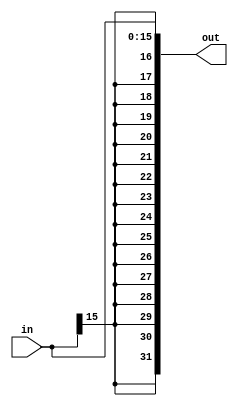
`timescale 1ns / 1ps
////////////////////////////////////////////////////////////////////////////////
// ECE369 - Computer Architecture
// 
// Module - SignExtension.v
// Description - Sign extension module.
////////////////////////////////////////////////////////////////////////////////
module SignExtension(in, out);
    input [15:0] in;
    output [31:0] out;
    assign out = {{16{in[15]}},in};
endmodule